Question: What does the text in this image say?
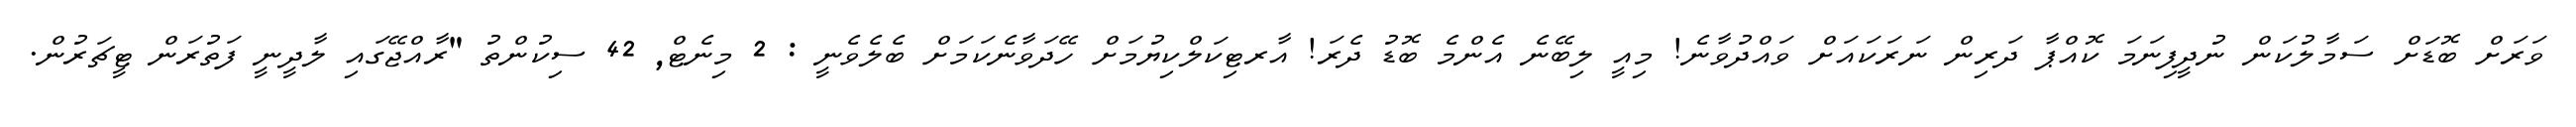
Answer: ވަރަށް ބޮޑަށް ސަމާލުކަން ނުދީފިނަމަ ކޮއްޕާ ދަރިން ނަރަކައަށް ވައްދުވާނެ! މިއީ ލިބޭނެ އެންމެ ބޮޑު ދެރަ! އާރޓިކަލްކިޔުމަށް ހޭދަވާނެކަމަށް ބެލެވެނީ : 2 މިނެޓް, 42 ސިކުންތު "ރާއްޖޭގައި ލާދީނީ ފަތުރަން ޓީޗަރުން.